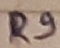
Text: R9